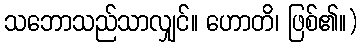
သဘောသည်သာလျှင်။ ဟောတိ၊ ဖြစ်၏။)